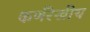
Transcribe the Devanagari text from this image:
कर्णरेखीय